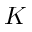
K